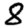
Digit: 8